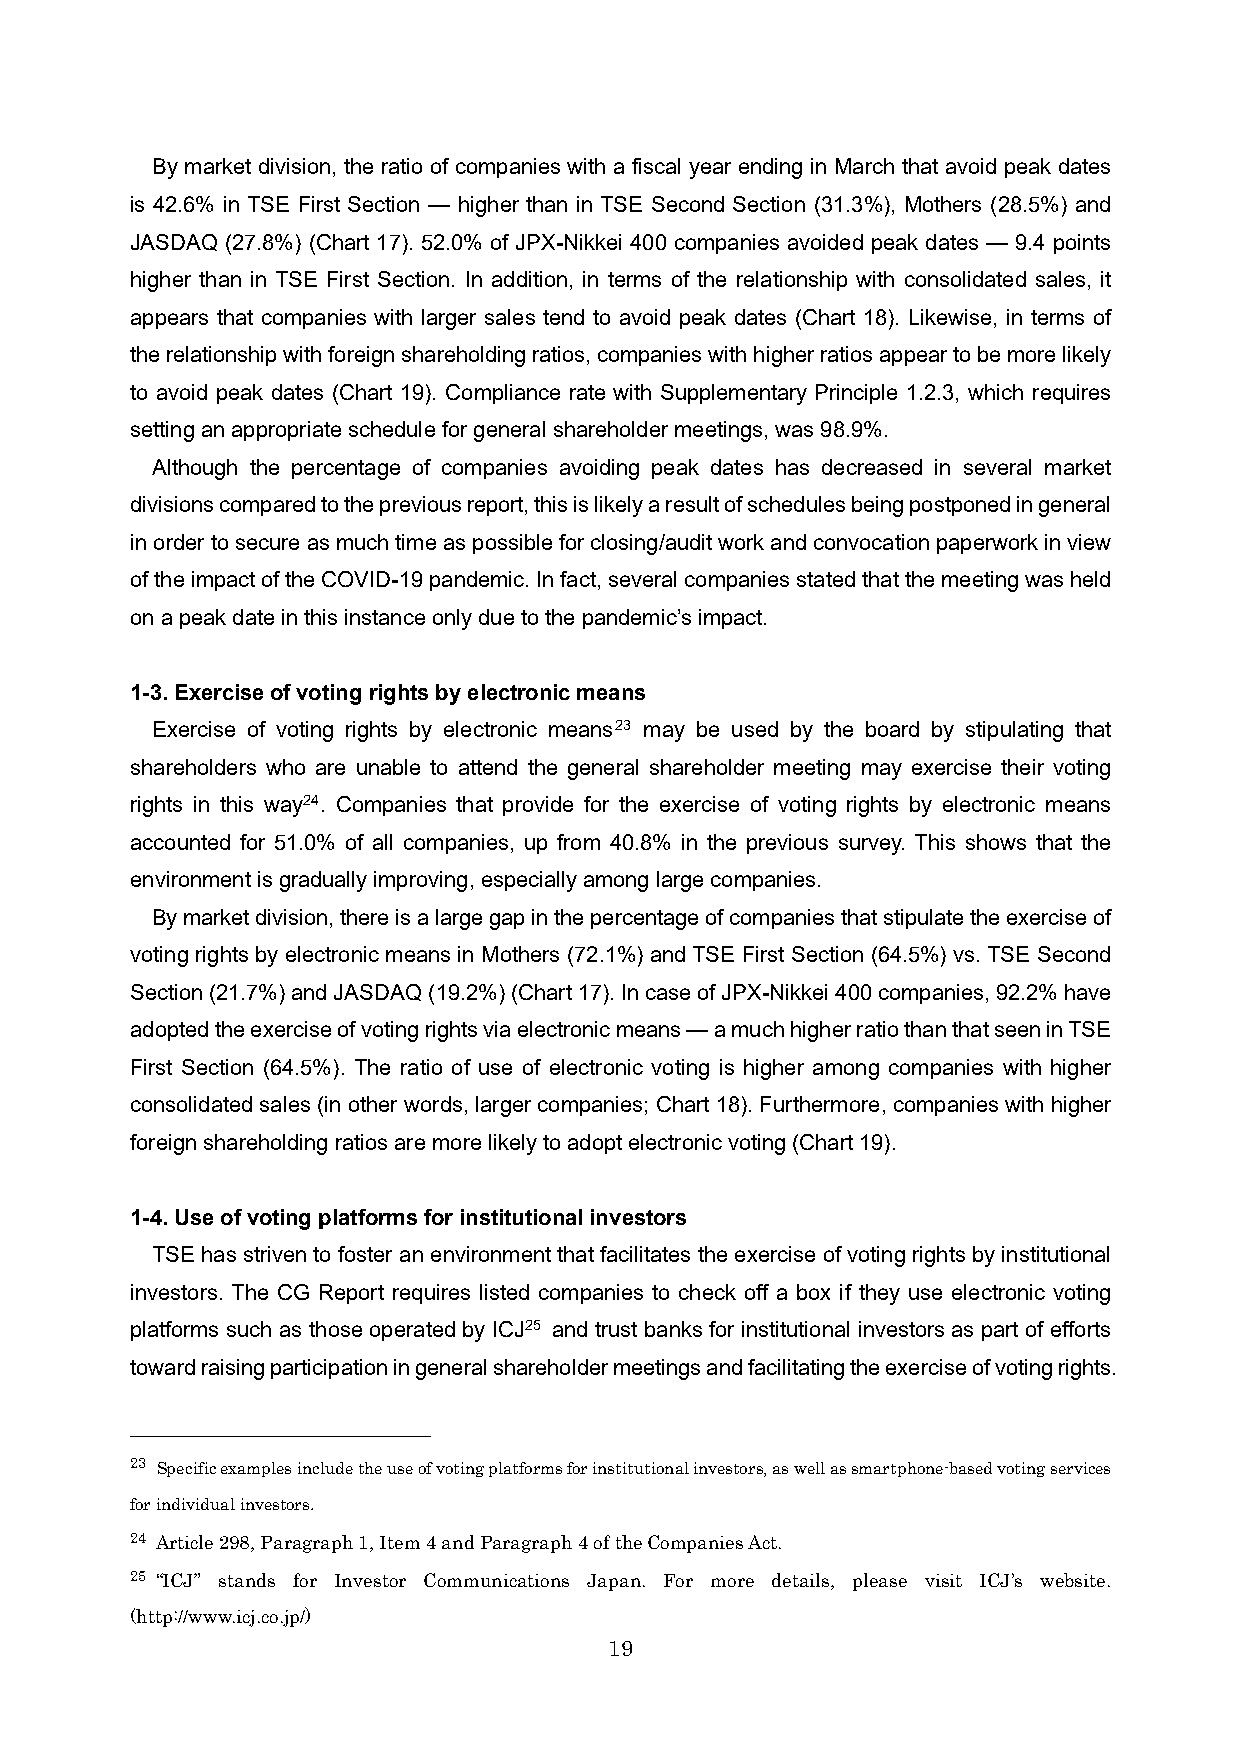
By market division, the ratio of companies with a fiscal year ending in March that avoid peak dates
 is 42.6% in TSE First Section — higher than in TSE Second Section (31.3%), Mothers (28.5%) and
 JASDAQ (27.8%) (Chart 17). 52.0% of JPX-Nikkei 400 companies avoided peak dates — 9.4 points
 higher than in TSE First Section. In addition, in terms of the relationship with consolidated sales, it
 appears that companies with larger sales tend to avoid peak dates (Chart 18). Likewise, in terms of
 the relationship with foreign shareholding ratios, companies with higher ratios appear to be more likely
 to avoid peak dates (Chart 19). Compliance rate with Supplementary Principle 1.2.3, which requires
 setting an appropriate schedule for general shareholder meetings, was 98.9%.
 Although the percentage of companies avoiding peak dates has decreased in several market
 divisions compared to the previous report, this is likely a result of schedules being postponed in general
 in order to secure as much time as possible for closing/audit work and convocation paperwork in view
 of the impact of the COVID-19 pandemic. In fact, several companies stated that the meeting was held
 on a peak date in this instance only due to the pandemic’s impact.
 1-3. Exercise of voting rights by electronic means
 Exercise of voting rights by electronic means23 may be used by the board by stipulating that
 shareholders who are unable to attend the general shareholder meeting may exercise their voting
 rights in this way24 . Companies that provide for the exercise of voting rights by electronic means
 accounted for 51.0% of all companies, up from 40.8% in the previous survey. This shows that the
 environment is gradually improving, especially among large companies.
 By market division, there is a large gap in the percentage of companies that stipulate the exercise of
 voting rights by electronic means in Mothers (72.1%) and TSE First Section (64.5%) vs. TSE Second
 Section (21.7%) and JASDAQ (19.2%) (Chart 17). In case of JPX-Nikkei 400 companies, 92.2% have
 adopted the exercise of voting rights via electronic means —a much higher ratio than that seen in TSE
 First Section (64.5%). The ratio of use of electronic voting is higher among companies with higher
 consolidated sales (in other words, larger companies; Chart 18). Furthermore, companies with higher
 foreign shareholding ratios are more likely to adopt electronic voting (Chart 19).
 1-4. Use of voting platforms for institutional investors
 TSE has striven to foster an environment that facilitates the exercise of voting rights by institutional
 investors. The CG Report requires listed companies to check off a box if they use electronic voting
 platforms such as those operated by ICJ25 and trust banks for institutional investors as part of efforts
 toward raising participation in general shareholder meetings and facilitating the exercise of voting rights.
 23 Specific examples include the use of voting platforms for institutional investors, as well as smartphone-based voting services
 for individual investors.
 24 Article 298, Paragraph 1, Item 4 and Paragraph 4 of the Companies Act.
 25 “ICJ” stands for Investor Communications Japan. For more details, please visit ICJ’s website.
 (http://www.icj.co.jp/)
 19